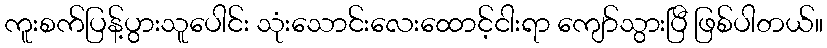
ကူးစက်ပြန့်ပွားသူပေါင်း သုံးသောင်းလေးထောင့်ငါးရာ ကျော်သွားပြီ ဖြစ်ပါတယ်။